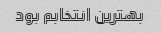
بهترین انتخابم بود